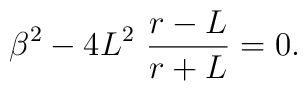
\beta^{2}-4L^{2}\,\,\frac{r-L}{r+L}=0.